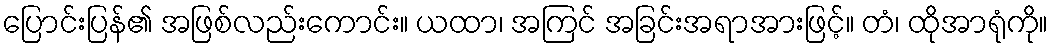
ပြောင်းပြန်၏ အဖြစ်လည်းကောင်း။ ယထာ၊ အကြင် အခြင်းအရာအားဖြင့်။ တံ၊ ထိုအာရုံကို။